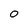
Character: 0